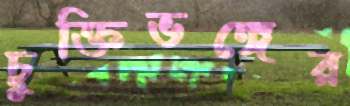
চুক্তিভঙ্গের